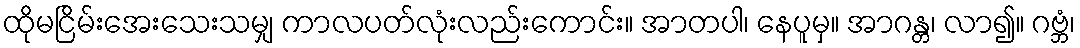
ထိုမငြိမ်းအေးသေးသမျှ ကာလပတ်လုံးလည်းကောင်း။ အာတပါ၊ နေပူမှ။ အာဂန္တ၊ လာ၍။ ဂဗ္ဘံ၊